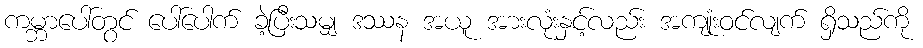
ကမ္ဘာပေါ်တွင် ပေါ်ပေါက် ခဲ့ပြီးသမျှ ဒဿန အယူ အားလုံးနှင့်လည်း အကျုံးဝင်လျက် ရှိသည်ကို